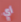
أي